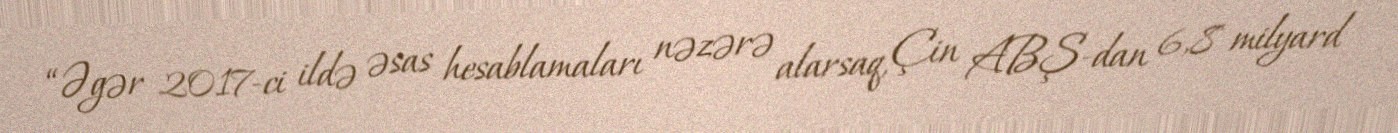
“Əgər 2017-ci ildə əsas hesablamaları nəzərə alarsaq, Çin ABŞ-dan 6,8 milyard